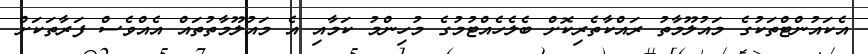
އެކައުންޓްތަކުގެ މައުލޫމާތު ރައްކާތެރިކޮށް ބެލެހެއްޓުމުގެ މުހިންމު ކަމާއި އެ މައުލޫމާތުތައް އެއްވެސް ފަރާތަކަށް